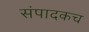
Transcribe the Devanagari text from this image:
संपादकच